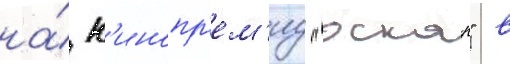
на́ к'инопр'ем'иу "оскар" в